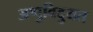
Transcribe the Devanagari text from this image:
अणुविदुयत